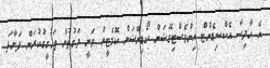
އެ ހާދިސާ އެކްސިޑެންޓް އިންވެސްޓިގޭޝަން ކޯޑިނޭޝަން ކޮމެޓީން ވަނީ ވަގުތުން ތަހުގީގުކުރަން ފަަށާފަ